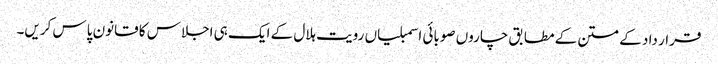
قرار داد کے متن کے مطابق چاروں صوبائی اسمبلیاں رویت ہلال کے ایک ہی اجلاس کا قانون پاس کریں۔